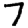
Digit: 7